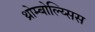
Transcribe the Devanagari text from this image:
थ्रोम्बोल्य्सिस